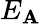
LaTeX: E_{\mathbf{A}}